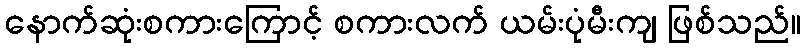
နောက်ဆုံးစကားကြောင့် စကားလက် ယမ်းပုံမီးကျ ဖြစ်သည်။